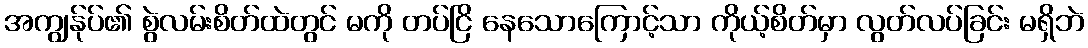
အကျွန်ုပ်၏ စွဲလမ်းစိတ်ထဲတွင် မကို တပ်ငြိ နေသောကြောင့်သာ ကိုယ့်စိတ်မှာ လွတ်လပ်ခြင်း မရှိဘဲ